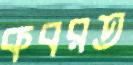
কবরত